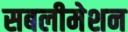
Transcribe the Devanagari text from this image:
सबलीमेशन